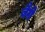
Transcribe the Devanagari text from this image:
बैगे